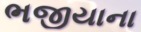
ભજીયાના